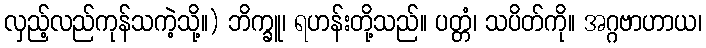
လှည့်လည်ကုန်သကဲ့သို့။) ဘိက္ခူ၊ ရဟန်းတို့သည်။ ပတ္တံ၊ သပိတ်ကို။ အဂ္ဂဗာဟာယ၊